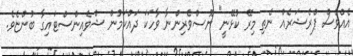
އެއްވެސް ޕްރެޝަރެއް ނެތި މިރޭ ކުޅޭނީ" ނޫސްވެރިންނާ ވާހަކަ ދައްކަމުން ޝްވެއިންސްޓައިގާ ބުންޏެވެ.